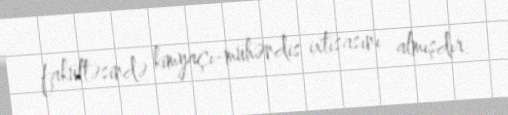
fakültəsində kimyaçı-mühəndis ixtisasını almışdır.